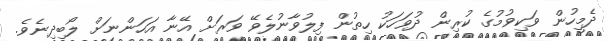
ދެމީހުން ވަކިވުމުގެ ކުރިން ދުވަހަކު ހިތުން ފިލުވާނުލެވޭ ވަރަށް އޭނާ އަހަންނަށް ލޯބިދިނެވެ.